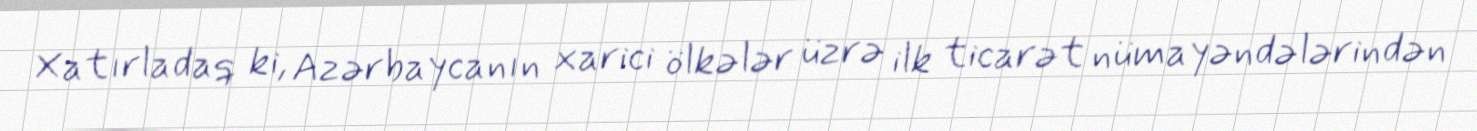
Xatırladaq ki, Azərbaycanın xarici ölkələr üzrə ilk ticarət nümayəndələrindən